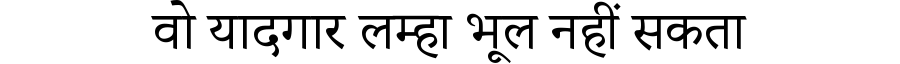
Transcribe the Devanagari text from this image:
वो यादगार लम्हा भूल नहीं सकता